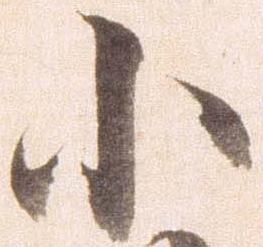
小